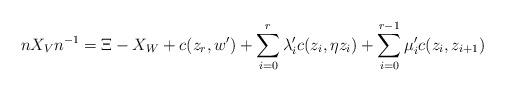
LaTeX: \begin{align*}\displaystyle nX_Vn^{-1}=\Xi-X_W+c(z_r,w')+\sum_{i=0}^r \lambda'_i c(z_i,\eta z_i)+ \sum_{i=0}^{r-1} \mu'_i c(z_i,z_{i+1})\end{align*}